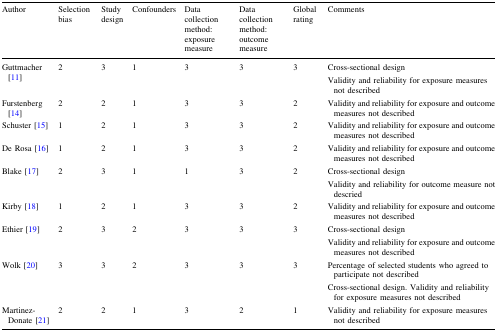
<table><thead><tr><td><b>Author</b></td><td><b>Selection bias</b></td><td><b>Study design</b></td><td><b>Confounders</b></td><td><b>Data collection method: exposure measure</b></td><td><b>Data collection method: outcome measure</b></td><td><b>Global rating</b></td><td><b>Comments</b></td></tr></thead><tbody><tr><td>Guttmacher [11]</td><td>2</td><td>3</td><td>1</td><td>3</td><td>3</td><td>3</td><td>Cross-sectional design Validity and reliability for exposure measures not described</td></tr><tr><td>Furstenberg [14]</td><td>2</td><td>2</td><td>1</td><td>3</td><td>3</td><td>2</td><td>Validity and reliability for exposure and outcome measures not described</td></tr><tr><td>Schuster [15]</td><td>1</td><td>2</td><td>1</td><td>3</td><td>3</td><td>2</td><td>Validity and reliability for exposure and outcome measures not described</td></tr><tr><td>De Rosa [16]</td><td>1</td><td>2</td><td>1</td><td>3</td><td>3</td><td>2</td><td>Validity and reliability for exposure and outcome measures not described</td></tr><tr><td>Blake [17]</td><td>2</td><td>3</td><td>1</td><td>1</td><td>3</td><td>2</td><td>Cross-sectional design Validity and reliability for outcome measure not descried</td></tr><tr><td>Kirby [18]</td><td>1</td><td>2</td><td>1</td><td>3</td><td>3</td><td>2</td><td>Validity and reliability for exposure and outcome measures not described</td></tr><tr><td>Ethier [19]</td><td>2</td><td>3</td><td>2</td><td>3</td><td>3</td><td>3</td><td>Cross-sectional designValidity and reliability for exposure and outcome measures not described</td></tr><tr><td>Wolk [20]</td><td>3</td><td>3</td><td>2</td><td>3</td><td>3</td><td>3</td><td>Percentage of selected students who agreed to participate not described Cross-sectional design. Validity and reliability for exposure measures not described</td></tr><tr><td>Martinez-Donate [21]</td><td>2</td><td>2</td><td>1</td><td>3</td><td>2</td><td>1</td><td>Validity and reliability for exposure measures not described</td></tr></tbody></table>